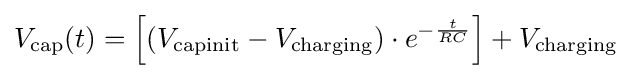
V_{\text{cap}}(t)=\left[\left(V_{\text{capinit}}-V_{\text{charging}}\right)\cdot e^{-{\frac {t}{RC}}}\right]+V_{\text{charging}}